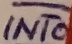
Text: INT0